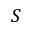
S